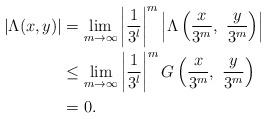
LaTeX: \begin{align*}|\Lambda(x,y)|&=\lim_{m\rightarrow\infty}\left|\frac{1}{3^l}\right|^{m}\left|\Lambda\left(\frac{x}{3^{m}},\ \frac{y}{3^{m}}\right)\right|\\&\leq\lim_{m\rightarrow\infty}\left|\frac{1}{3^l}\right|^{m}G\left(\frac{x}{3^{m}},\ \frac{y}{3^{m}}\right)\\&=0.\end{align*}